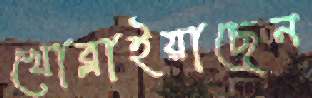
খোব্‌লাইয়াছেন